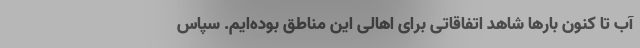
آب تا کنون بارها شاهد اتفاقاتی برای اهالی این مناطق بوده‌ایم. سپاس